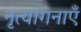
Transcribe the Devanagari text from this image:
नृत्यांगनाएँ